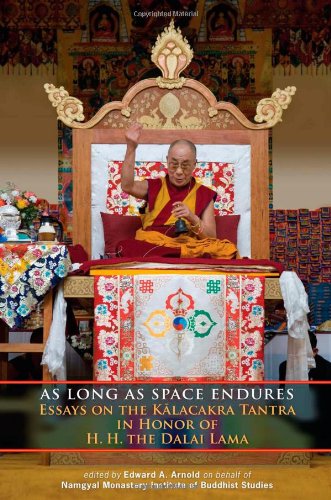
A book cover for As Long As Space Endures: Essays On The Kalacakra Tantra In Honor Of H.H. The Dalai Lama; Religion & Spirituality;